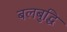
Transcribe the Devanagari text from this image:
बलबुद्धि